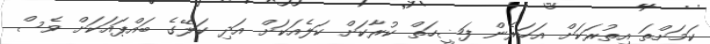
ކަމަށްތަ އިތުރަކަށް އަހަރެން ފަޟީހަތް ކުރާކަށް ކަލެއަކަށް އަދި ކަލޭގެ ބައްޕައަކަށް ވެސް